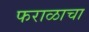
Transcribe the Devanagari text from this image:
फराळाचा